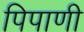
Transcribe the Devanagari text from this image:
पिपाणी